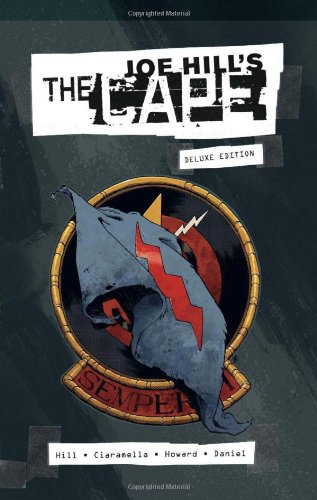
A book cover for The Cape Deluxe Edition; Joe Hill; Comics & Graphic Novels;